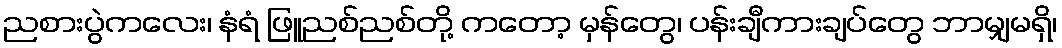
ညစားပွဲကလေး၊ နံရံ ဖြူညစ်ညစ်တို့ ကတော့ မှန်တွေ၊ ပန်းချီကားချပ်တွေ ဘာမျှမရှိ၊